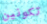
تكونين